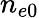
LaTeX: n_{e0}